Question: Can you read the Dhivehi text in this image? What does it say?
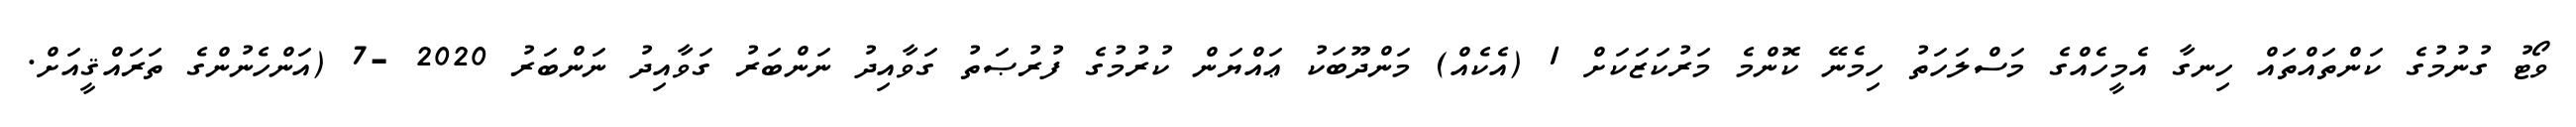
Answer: ވޯޓު ގުނުމުގެ ކަންތައްތައް ހިނގާ އެމީހެއްގެ މަސްލަހަތު ހިމެނޭ ކޮންމެ މަރުކަޒަކަށް 1 (އެކެއް) މަންދޫބަކު ޢައްޔަން ކުރުމުގެ ފުރުޞަތު ގަވާއިދު ނަންބަރު ގަވާއިދު ނަންބަރު 2020 -7 (އަންހެނުންގެ ތަރައްޤީއަށް.